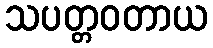
သပတ္တဝတာယ